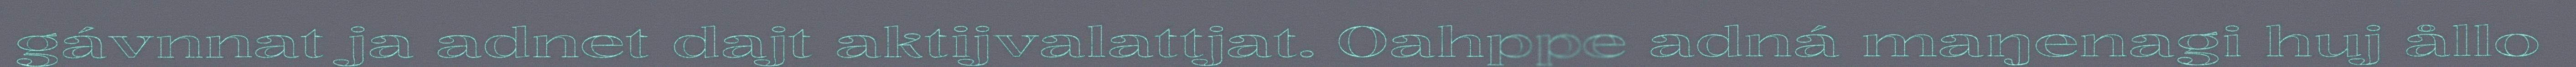
gávnnat ja adnet dajt aktijvalattjat. Oahppe adná maŋenagi huj ållo